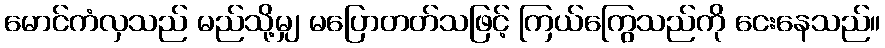
မောင်ကံလှသည် မည်သို့မျှ မပြောတတ်သဖြင့် ကြယ်ကြွေသည်ကို ငေးနေသည်။